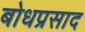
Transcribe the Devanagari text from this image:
बोधप्रसाद